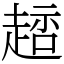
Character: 䞸